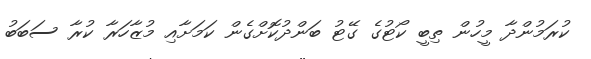
ކުރަމުންދާ މީހުން ތިބީ ކޯޓުގެ ގޭޓު ބަންދުކޮށްގެން ކަމަށާއި މުޒާހަރާ ކުރާ ސަބަބު